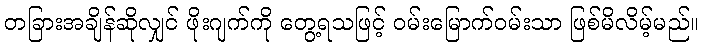
တခြားအချိန်ဆိုလျှင် ဖိုးဂျက်ကို တွေ့ရသဖြင့် ဝမ်းမြောက်ဝမ်းသာ ဖြစ်မိလိမ့်မည်။